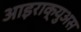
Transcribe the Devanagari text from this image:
आइराक्युअस